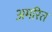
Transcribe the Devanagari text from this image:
अमरित